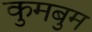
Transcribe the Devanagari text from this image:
कुमबुम